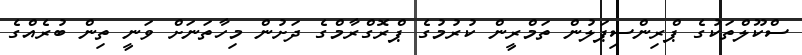
ސްކޫލްތަކުގެ ޕްރިންސިޕަލުން ތަމްރީން ކުރުމުގެ ޕްރޮގްރާމްގެ ދަށުން މިހާތަނަށް ވަނީ ތިން ބުރެއްގެ